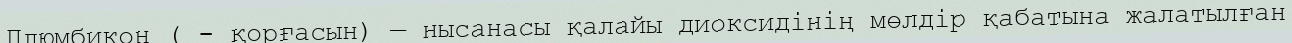
Плюмбикон ( - қорғасын) — нысанасы қалайы диоксидінің мөлдір қабатына жалатылған